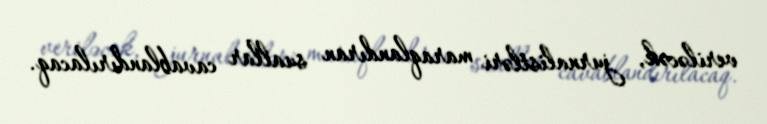
veriləcək, jurnalistləri maraqlandıran suallar cavablandırılacaq.